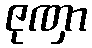
ဇုဏှာ